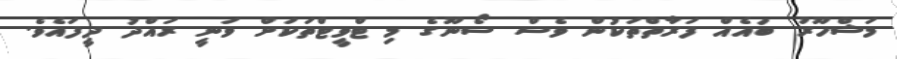
މަޝްހޫރު ބައެއް ފަރާތްތަކުން ވެސް ސޯނޫގެ މި ޓްވީޓްތަކަށް ވަނީ ރައްދު ދީފައެވެ.